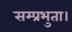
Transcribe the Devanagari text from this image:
सम्प्रभुता।